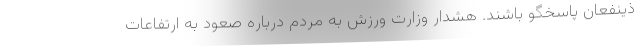
ذینفعان پاسخگو باشند. هشدار وزارت ورزش به مردم درباره صعود به ارتفاعات